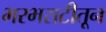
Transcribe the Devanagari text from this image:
भरभराटीतून